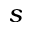
s